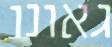
גאונו